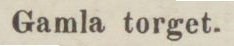
Gamla torget.